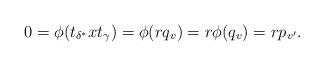
LaTeX: \begin{align*}0=\phi(t_{\delta^*}x t_{\gamma})=\phi(rq_v)=r\phi(q_v)=rp_{v'}.\end{align*}